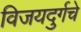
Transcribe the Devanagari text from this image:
विजयदुर्गचे